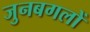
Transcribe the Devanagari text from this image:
जुनबगलों